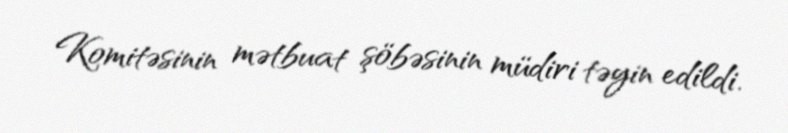
Komitəsinin mətbuat şöbəsinin müdiri təyin edildi.